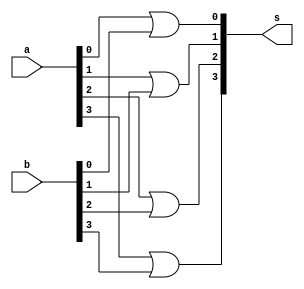
//Exemplo 0033
//Nome: Vitor Angelo Lima

module final ( output[3:0] s, input [3:0] a, input [3:0] b );
	or ( s[0], a[0], b[0] );
	or ( s[1], a[1], b[1] );
	or ( s[2], a[2], b[2] );
	or ( s[3], a[3], b[3] );
endmodule

module andgate( output[3:0] s, input c, input [3:0] a, input [3:0] b );
	wire [3:0] d;
	wire e;
	
	and ( d[0], a[0], b[0] );
	and ( d[1], a[1], b[1] );
	and ( d[2], a[2], b[2] );
	and ( d[3], a[3], b[3] );
	
	and ( s[0], d[0], c );
	and ( s[1], d[1], c );
	and ( s[2], d[2], c );
	and ( s[3], d[3], c );
endmodule

module orgate( output[3:0] s, input c, input [3:0] a, input [3:0] b );
	wire [3:0] d;
	wire e;
	
	or ( d[0], a[0], b[0] );
	or ( d[1], a[1], b[1] );
	or ( d[2], a[2], b[2] );
	or ( d[3], a[3], b[3] );
	
	and ( s[0], d[0], c );
	and ( s[1], d[1], c );
	and ( s[2], d[2], c );
	and ( s[3], d[3], c );
endmodule

module nandgate( output[3:0] s, input c, input [3:0] a, input [3:0] b );
	wire [3:0] d;
	wire e;
	not( e, c );
	
	nand ( d[0], a[0], b[0] );
	nand ( d[1], a[1], b[1] );
	nand ( d[2], a[2], b[2] );
	nand ( d[3], a[3], b[3] );
	
	and ( s[0], d[0], e );
	and ( s[1], d[1], e );
	and ( s[2], d[2], e );
	and ( s[3], d[3], e );
endmodule

module norgate( output[3:0] s, input c, input [3:0] a, input [3:0] b );
	wire [3:0] d;
	wire e;
	not( e, c );
	
	nor ( d[0], a[0], b[0] );
	nor ( d[1], a[1], b[1] );
	nor ( d[2], a[2], b[2] );
	nor ( d[3], a[3], b[3] );
	
	and ( s[0], d[0], e );
	and ( s[1], d[1], e );
	and ( s[2], d[2], e );
	and ( s[3], d[3], e );
endmodule

module test;
	/*
	AND / OR = 0
	NAND / NOR = 1
	*/
	reg [3:0] a;
	reg [3:0] b;
	reg c;
	
	wire [3:0] d;
	wire [3:0] e;
	wire [3:0] f;
	
	wire [3:0] g;
	wire [3:0] h;
	wire [3:0] i;
	
	andgate and1 ( d, c, a, b );
	nandgate nand1 ( e, c, a, b );
	final f1( f, e, d );
	
	orgate or1 ( g, c, a, b );
	norgate nor1 ( h, c, a, b );
	final f2( i, g, h );
	
	
	initial begin
		a = 4'b0011;
		b = 4'b0101;
		c = 1;
		 #1 $display ( "%4b %4b", f, i );
	end
endmodule